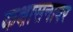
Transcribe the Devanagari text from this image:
कक्षासनावर